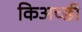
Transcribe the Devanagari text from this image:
किअच्छी